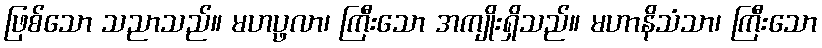
ဖြစ်သော သညာသည်။ မဟပ္ဖလာ၊ ကြီးသော အကျိုးရှိသည်။ မဟာနိသံသာ၊ ကြီးသော